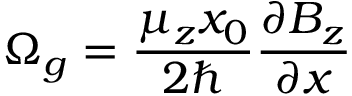
\Omega _ { g } = \frac { \mu _ { z } x _ { 0 } } { 2 \hbar } \frac { \partial B _ { z } } { \partial x }